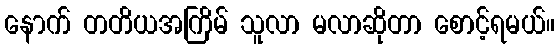
နောက် တတိယအကြိမ် သူလာ မလာဆိုတာ စောင့်ရမယ်။